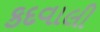
કદવાલી